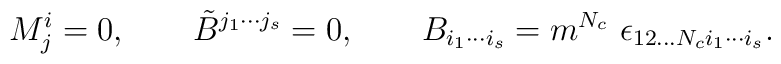
M^i_j =0, \qquad \tilde B^{j_1\cdots j_s} =0, \qquad B_{i_1 \cdots i_s} =m^{N_c} \ \epsilon_{12...N_c i_1 \cdots i_s}.